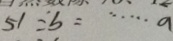
5 1 \div b = \cdots a